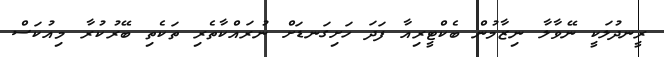
ރީނދުލަކީ ނޭވާލާ ނިޒާމުން ބެކްޓީރިއާ ފަދަ ހަށިގަނޑަށް ނުރައްކާތެރި ތަކެތި ބޭރުކުރާ މިއުކަސް